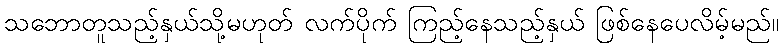
သဘောတူသည့်နှယ်သို့မဟုတ် လက်ပိုက် ကြည့်နေသည့်နှယ် ဖြစ်နေပေလိမ့်မည်။